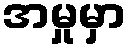
အမှုမှာ